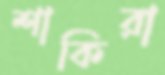
শাকিরা